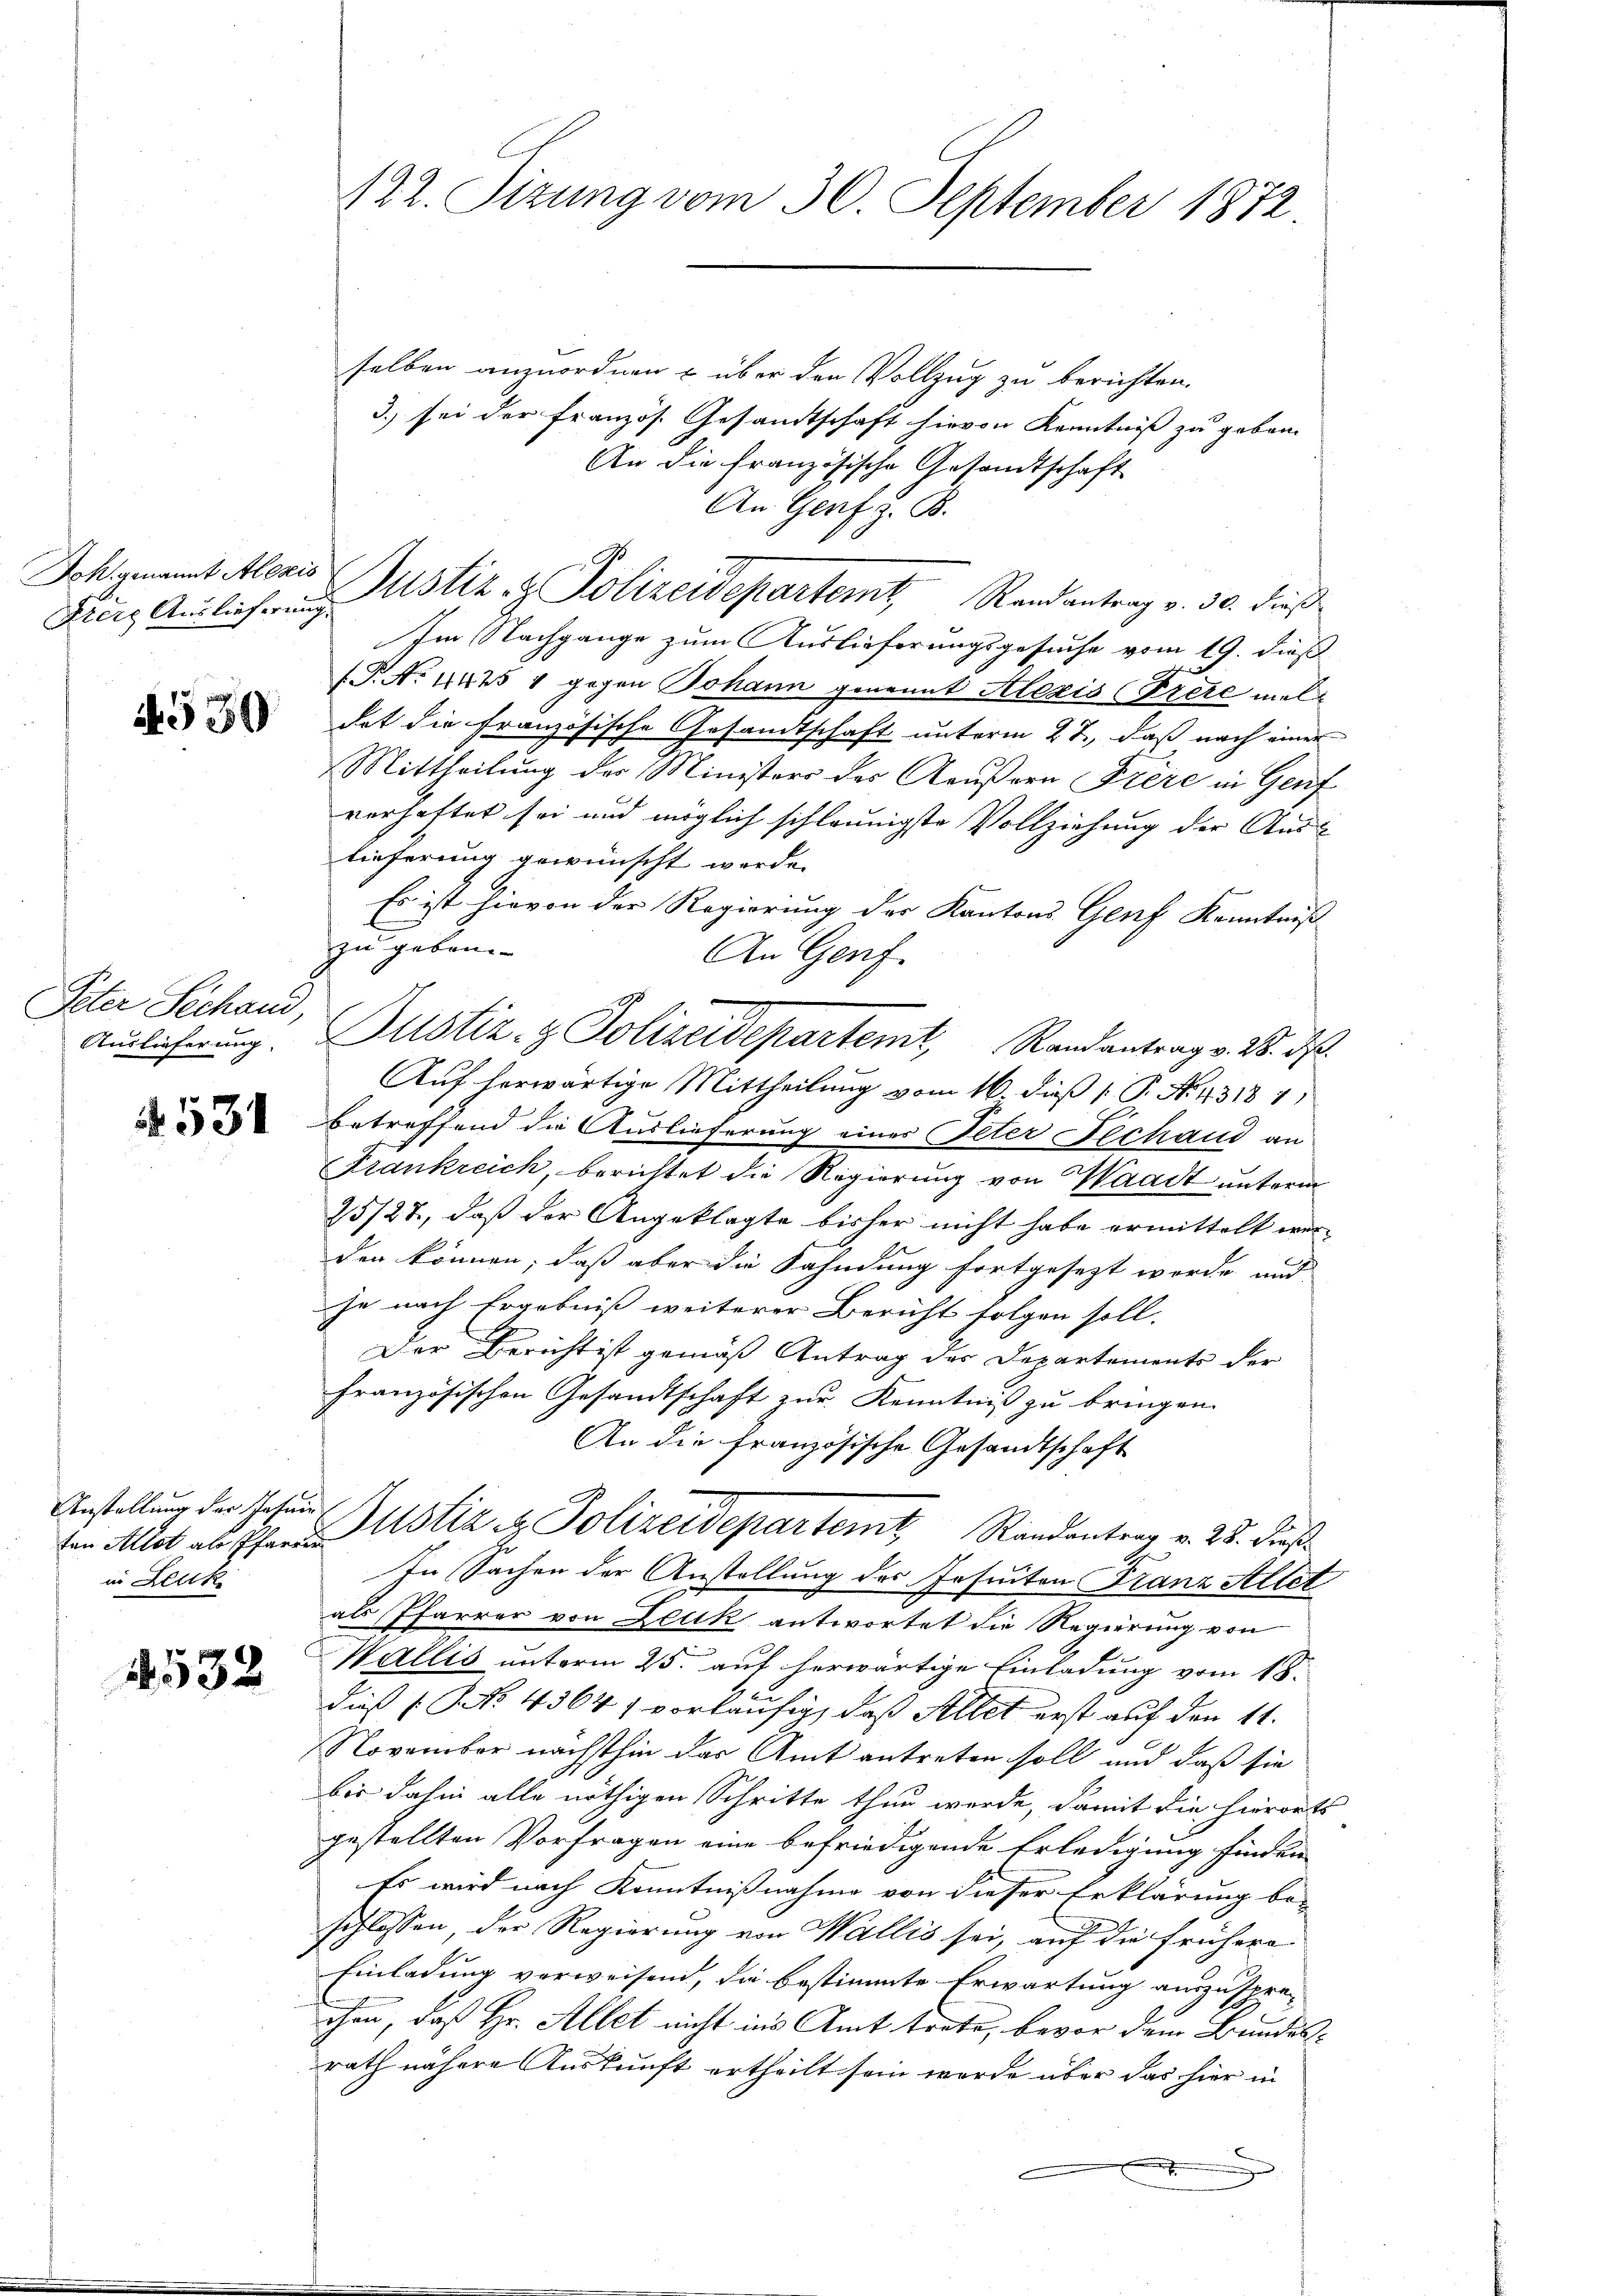
Freie Auslieferung.

4530

Peter Sechand,
Auslieferung.

531

ten Allet ab Pfarre
in Leuk

4532

122. Sizung vom 30. September 1872.

Ich genannt Alaris Justiz & Polizeidepartemt, Randantrag v. 30. dieß

selben anzuordnen & über den Vollzug zu berichten.
3.) sei der Französ. Gesandtschaft hievon Kenntniß zu geben.
An die französische Gesandtschaft
An Genf z. B.
Im Nachgange zum Auslieferungsgesuche vom 19. dieß
(P. No 11425 1 gegen Johann genannt Alexis (Frete meldat die Französische Gesandtschaft unterm 27., daß nach einer
Mittheilung der Ministers des Aeußern Frère in Genf
verhaftet sei und möglich schleunigste Vollziehung der Aus-
lieferung gewünscht werde.
Es ist hievon der Regierung der Kantons Genf Kenntniß
zu gebaue
An Genf.
Auf herwärtige Mittheilung vom 16. diß [ P. No. 4318 1
betreffend die Auslieferung eines Peter Fechand an
Frankreich, berichtet die Regierung von Waadt unterm
25/27, daß der Angeklagte bisher nicht habe ermittelt wer-
den können; daß aber die Fahndung fortgesezt worde und
je nach Ergebniß weiterer Bericht folgen soll.
Der Bericht ist gemäß Antrag der Departements der
französischen Gesandtschaft zur Kenntniß zu bringen.
An die französische Gesandtschaft
Anstellung der Josen Zustiz et Polizeidepartemt Randantrag v. 23. Dieß
In Sachen der Anstellung des Geseiten Franz Altet
als Pfarrer von Leuk antwortet die Regierung von
Wallis unterm 25. auf herwärtige Einladung vom 18.
dieß (NNo. 4364 vorläufig, daß Sillet erst auf den 11.
November nächsthin das Amt antreten soll und daß sie
bis dahin alle nöthigen Schritte thun werde, damit die hierorts
gestellten Vorfragen eine befriedigende Erledigung finden
Es wird nach Kenntnißnahme von dieser Erklärung be-
schlossen, der Regierung von Wallis sei, auf die frühere
Einladung verweisend, die bestimmte Erwartung auszusprechen, daß Hr. Allet nicht ins Amt trete, bevor dem Bundesrath nähere Auskunft ertheilt sein werde über das hier in
.

Justiz- & Polizeidepartemt, Randantrag v. 28. ds.